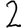
Digit: 2